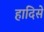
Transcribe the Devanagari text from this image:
हादिसे